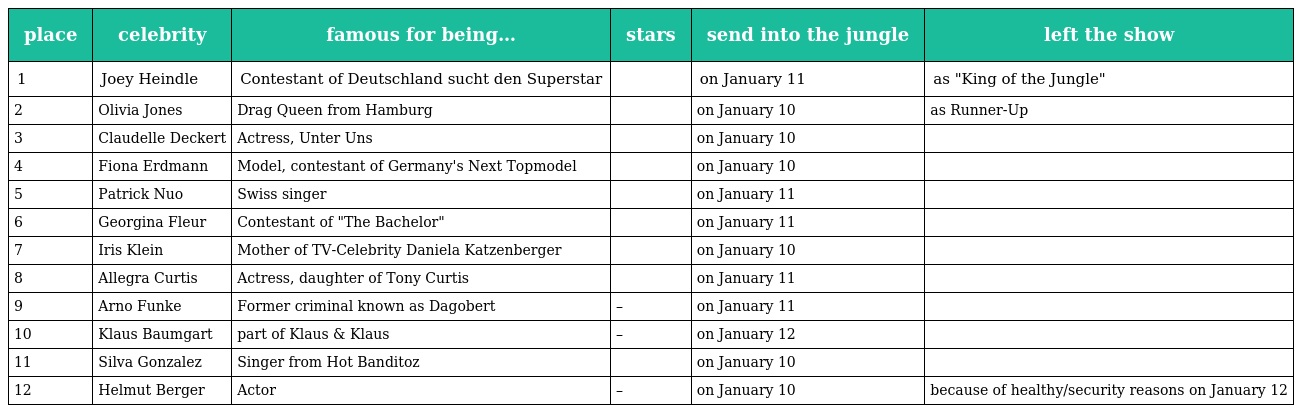
| place | celebrity | famous for being… | stars | send into the jungle | left the show |
 | --- | --- | --- | --- | --- | --- |
 | 1 | Joey Heindle | Contestant of Deutschland sucht den Superstar |  | on January 11 | as "King of the Jungle" |
 | 2 | Olivia Jones | Drag Queen from Hamburg |  | on January 10 | as Runner-Up |
 | 3 | Claudelle Deckert | Actress, Unter Uns |  | on January 10 |  |
 | 4 | Fiona Erdmann | Model, contestant of Germany's Next Topmodel |  | on January 10 |  |
 | 5 | Patrick Nuo | Swiss singer |  | on January 11 |  |
 | 6 | Georgina Fleur | Contestant of "The Bachelor" |  | on January 11 |  |
 | 7 | Iris Klein | Mother of TV-Celebrity Daniela Katzenberger |  | on January 10 |  |
 | 8 | Allegra Curtis | Actress, daughter of Tony Curtis |  | on January 11 |  |
 | 9 | Arno Funke | Former criminal known as Dagobert | – | on January 11 |  |
 | 10 | Klaus Baumgart | part of Klaus & Klaus | – | on January 12 |  |
 | 11 | Silva Gonzalez | Singer from Hot Banditoz |  | on January 10 |  |
 | 12 | Helmut Berger | Actor | – | on January 10 | because of healthy/security reasons on January 12 |